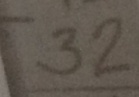
3 2